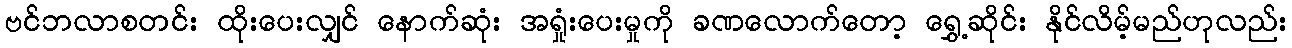
ဗင်ဘလာစတင်း ထိုးပေးလျှင် နောက်ဆုံး အရှုံးပေးမှုကို ခဏလောက်တော့ ရွှေ့ဆိုင်း နိုင်လိမ့်မည်ဟုလည်း